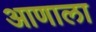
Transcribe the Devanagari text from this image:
आणाला